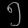
Digit: ၅